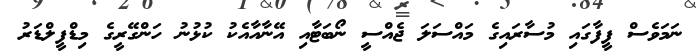
ނަމަވެސް ފީފާގައި މުސާރައިގެ މައްސަލަ ޖެއްސީ ނޯބަޓާއި އޭނާއާއެކު ކުޅުނު ހަންގޭރީގެ މިޑްފީލްޑަރު